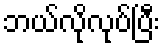
ဘယ်လိုလုပ်ပြီး